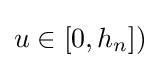
u\in \lbrack 0,h_{n}])